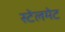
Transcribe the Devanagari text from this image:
स्टेलमेट